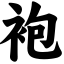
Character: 袍